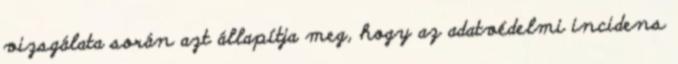
vizsgálata során azt állapítja meg, hogy az adatvédelmi incidens